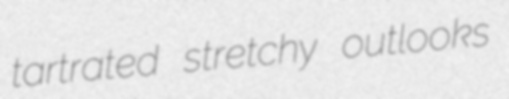
tartrated stretchy outlooks